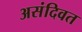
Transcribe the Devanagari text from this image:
असंदिवत